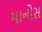
માનોસ